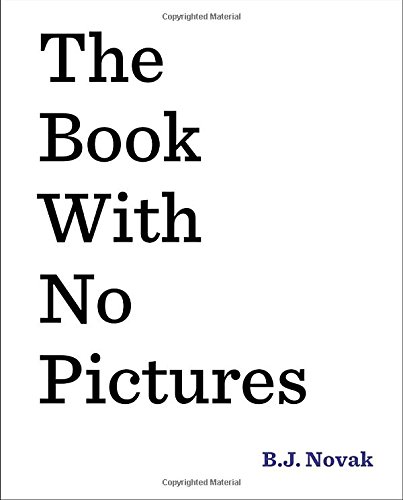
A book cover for The Book with No Pictures; B.J. Novak; Children's Books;